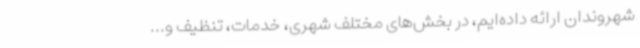
شهروندان ارائه داده‌ایم، در بخش‌های مختلف شهری، خدمات، تنظیف و...